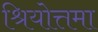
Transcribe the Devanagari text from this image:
श्रियोत्तमा